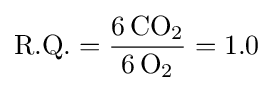
{\text{R.Q.}}={\frac {6\,\mathrm {CO} {\vphantom {A}}_{\smash[{t}]{2}}}{6\,\mathrm {O} {\vphantom {A}}_{\smash[{t}]{2}}}}=1.0